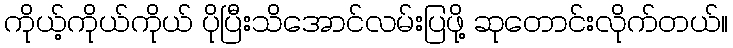
ကိုယ့်ကိုယ်ကိုယ် ပိုပြီးသိအောင်လမ်းပြဖို့ ဆုတောင်းလိုက်တယ်။